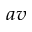
_ { a v }